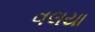
વલયા